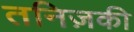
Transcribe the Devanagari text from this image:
तनिज़की